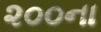
૨૦૦ના